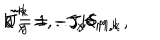
\tilde { J } _ { x } ^ { k } = - J _ { x } \delta _ { M , k } \, , \hspace { 8 m m } \tilde { J } _ { y } ^ { k } = - J _ { y } \delta _ { M , k } \hspace { 1 c m } k = 1 , . . , K